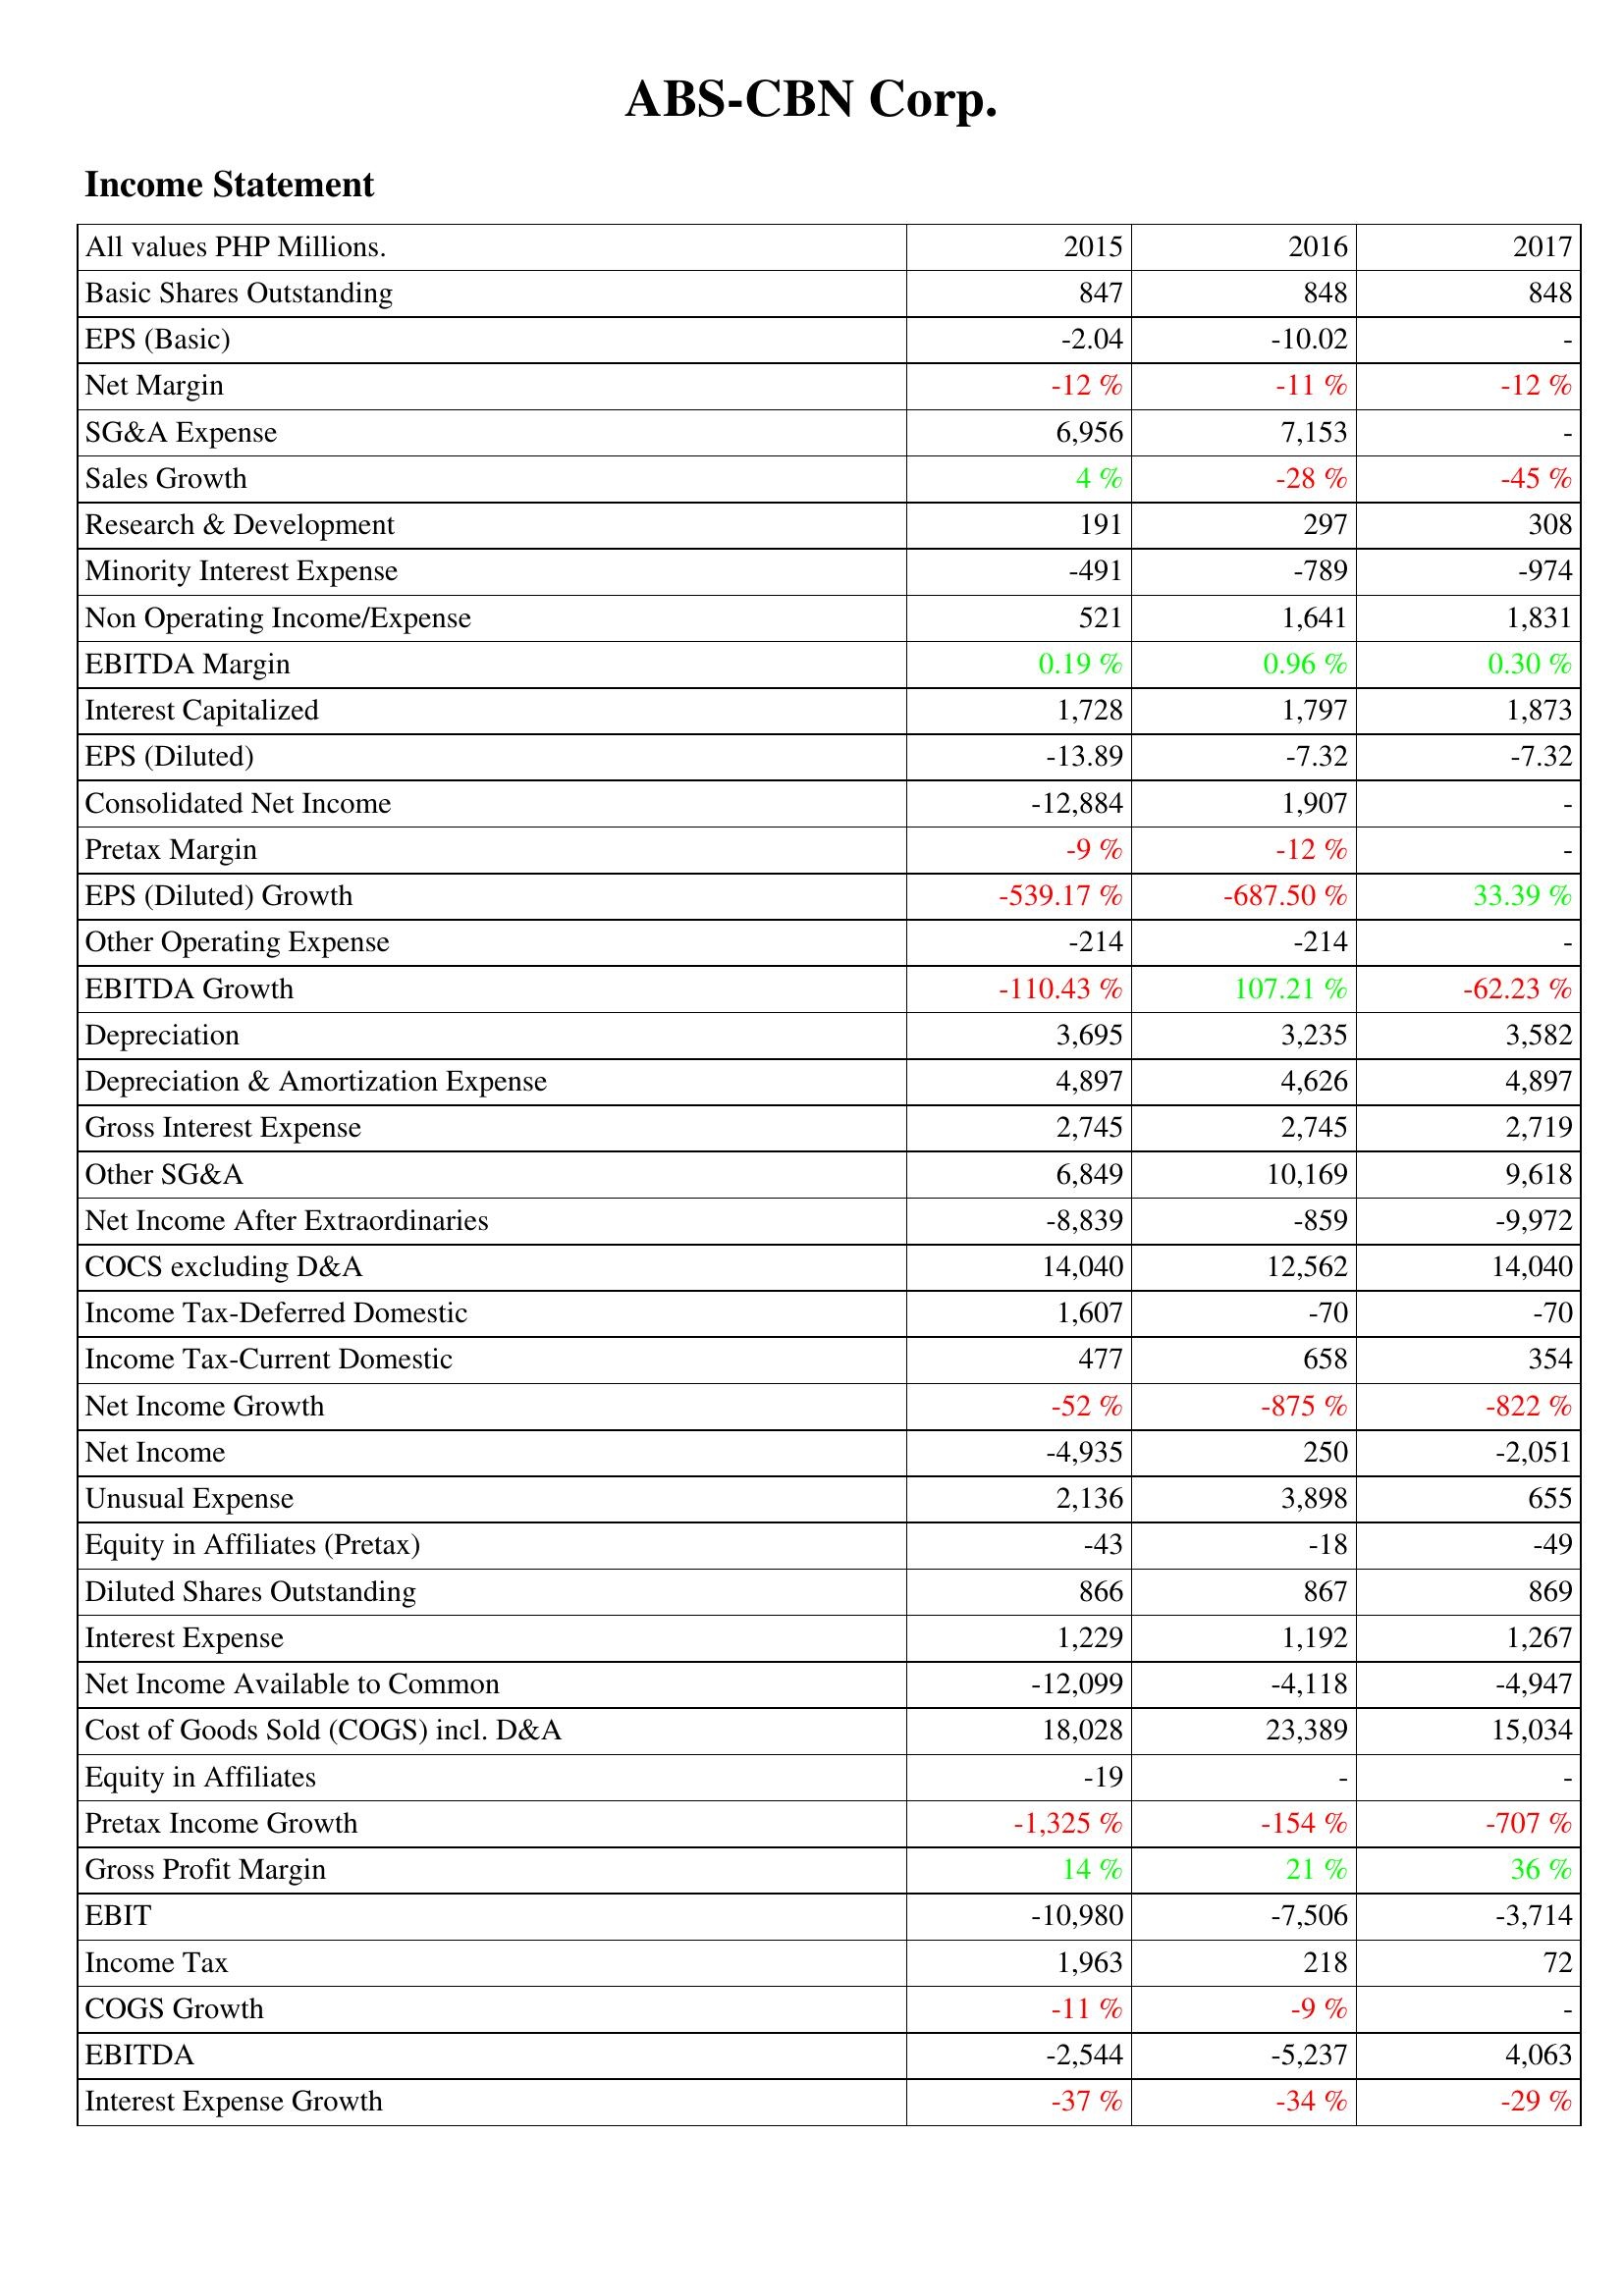
2015: Income Statement: Basic Shares Outstanding: 847
EPS (Basic): -2.04
Net Margin: -12 %
SG&A Expense: 6,956
Sales Growth: 4 %
Research & Development: 191
Minority Interest Expense: -491
Non Operating Income/Expense: 521
EBITDA Margin: 0.19 %
Interest Capitalized: 1,728
EPS (Diluted): -13.89
Consolidated Net Income: -12,884
Pretax Margin: -9 %
EPS (Diluted) Growth: -539.17 %
Other Operating Expense: -214
EBITDA Growth: -110.43 %
Depreciation: 3,695
Depreciation & Amortization Expense: 4,897
Gross Interest Expense: 2,745
Other SG&A: 6,849
Net Income After Extraordinaries: -8,839
COCS excluding D&A: 14,040
Income Tax-Deferred Domestic: 1,607
Income Tax-Current Domestic: 477
Net Income Growth: -52 %
Net Income: -4,935
Unusual Expense: 2,136
Equity in Affiliates (Pretax): -43
Diluted Shares Outstanding: 866
Interest Expense: 1,229
Net Income Available to Common: -12,099
Cost of Goods Sold (COGS) incl. D&A: 18,028
Equity in Affiliates: -19
Pretax Income Growth: -1,325 %
Gross Profit Margin: 14 %
EBIT: -10,980
Income Tax: 1,963
COGS Growth: -11 %
EBITDA: -2,544
Interest Expense Growth: -37 %
2016: Income Statement: Basic Shares Outstanding: 848
EPS (Basic): -10.02
Net Margin: -11 %
SG&A Expense: 7,153
Sales Growth: -28 %
Research & Development: 297
Minority Interest Expense: -789
Non Operating Income/Expense: 1,641
EBITDA Margin: 0.96 %
Interest Capitalized: 1,797
EPS (Diluted): -7.32
Consolidated Net Income: 1,907
Pretax Margin: -12 %
EPS (Diluted) Growth: -687.50 %
Other Operating Expense: -214
EBITDA Growth: 107.21 %
Depreciation: 3,235
Depreciation & Amortization Expense: 4,626
Gross Interest Expense: 2,745
Other SG&A: 10,169
Net Income After Extraordinaries: -859
COCS excluding D&A: 12,562
Income Tax-Deferred Domestic: -70
Income Tax-Current Domestic: 658
Net Income Growth: -875 %
Net Income: 250
Unusual Expense: 3,898
Equity in Affiliates (Pretax): -18
Diluted Shares Outstanding: 867
Interest Expense: 1,192
Net Income Available to Common: -4,118
Cost of Goods Sold (COGS) incl. D&A: 23,389
Equity in Affiliates: -
Pretax Income Growth: -154 %
Gross Profit Margin: 21 %
EBIT: -7,506
Income Tax: 218
COGS Growth: -9 %
EBITDA: -5,237
Interest Expense Growth: -34 %
2017: Income Statement: Basic Shares Outstanding: 848
EPS (Basic): -
Net Margin: -12 %
SG&A Expense: -
Sales Growth: -45 %
Research & Development: 308
Minority Interest Expense: -974
Non Operating Income/Expense: 1,831
EBITDA Margin: 0.30 %
Interest Capitalized: 1,873
EPS (Diluted): -7.32
Consolidated Net Income: -
Pretax Margin: -
EPS (Diluted) Growth: 33.39 %
Other Operating Expense: -
EBITDA Growth: -62.23 %
Depreciation: 3,582
Depreciation & Amortization Expense: 4,897
Gross Interest Expense: 2,719
Other SG&A: 9,618
Net Income After Extraordinaries: -9,972
COCS excluding D&A: 14,040
Income Tax-Deferred Domestic: -70
Income Tax-Current Domestic: 354
Net Income Growth: -822 %
Net Income: -2,051
Unusual Expense: 655
Equity in Affiliates (Pretax): -49
Diluted Shares Outstanding: 869
Interest Expense: 1,267
Net Income Available to Common: -4,947
Cost of Goods Sold (COGS) incl. D&A: 15,034
Equity in Affiliates: -
Pretax Income Growth: -707 %
Gross Profit Margin: 36 %
EBIT: -3,714
Income Tax: 72
COGS Growth: -
EBITDA: 4,063
Interest Expense Growth: -29 %